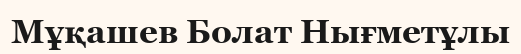
Мұқашев Болат Нығметұлы